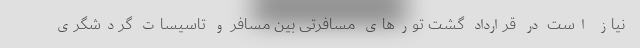
نیاز است در قرارداد گشت تورهای مسافرتی بین مسافر و تاسیسات گردشگری